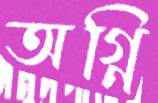
অগ্নি